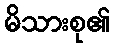
မိသားစု၏